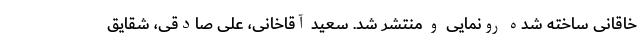
خاقانی ساخته شده رونمایی و منتشر شد. سعید آقاخانی، علی صادقی، شقایق